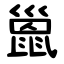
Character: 巤